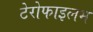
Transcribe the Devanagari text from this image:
टेरोफाइलम